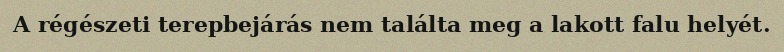
A régészeti terepbejárás nem találta meg a lakott falu helyét.